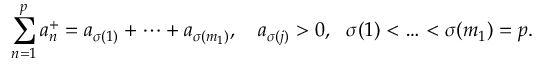
\sum _ { n = 1 } ^ { p } a _ { n } ^ { + } = a _ { \sigma ( 1 ) } + \cdots + a _ { \sigma ( m _ { 1 } ) } , \quad a _ { \sigma ( j ) } > 0 , \ \ \sigma ( 1 ) < \ldots < \sigma ( m _ { 1 } ) = p .